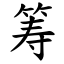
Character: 筹